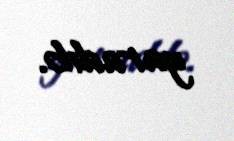
yaradıb.